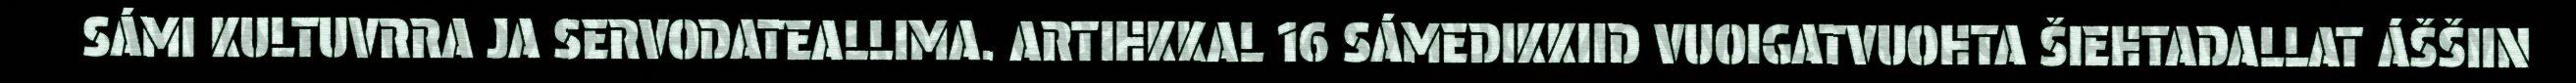
SÁMI KULTUVRRA JA SERVODATEALLIMA. ARTIHKKAL 16 SÁMEDIKKIID VUOIGATVUOHTA ŠIEHTADALLAT ÁŠŠIIN